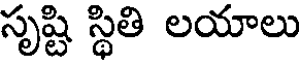
సృష్టి స్థితి లయాలు